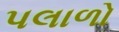
પલાળો